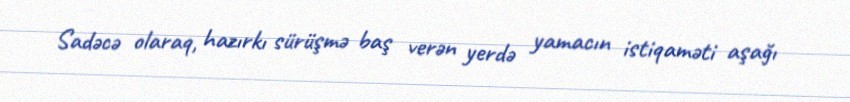
Sadəcə olaraq, hazırkı sürüşmə baş verən yerdə yamacın istiqaməti aşağı